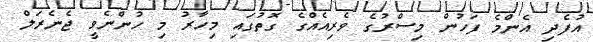
އުފެދި އެންމެ ފަހުން މިސްރުގެ ވެރިއެއްގެ ގޮތުގައި މިހާރު މި ހުންނެވީ ޖެނެރަލް